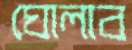
ঘোলাব